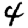
Digit: 4